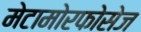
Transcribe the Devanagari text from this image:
मेटामोरफोसेज